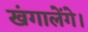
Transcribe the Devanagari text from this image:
खंगालेंगे।